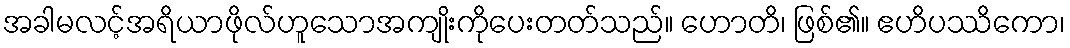
အခါမလင့်အရိယာဖိုလ်ဟူသောအကျိုးကိုပေးတတ်သည်။ ဟောတိ၊ ဖြစ်၏။ ဧဟိပဿိကော၊